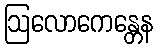
ဩလောကေန္တေန